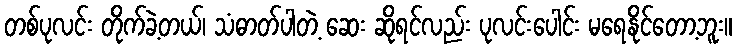
တစ်ပုလင်း တိုက်ခဲ့တယ်၊ သံဓာတ်ပါတဲ့ ဆေး ဆိုရင်လည်း ပုလင်းပေါင်း မရေနိုင်တော့ဘူး။